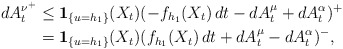
\begin{align*}dA_{t}^{\nu^{+}}& \le \mathbf{1}_{\{u=h_{1}\}}(X_{t})(-f_{h_{1}}(X_{t})\,dt-dA_{t}^{\mu}+dA_{t}^{\alpha})^{+} \\&=\mathbf{1}_{\{u=h_{1}\}}(X_{t})(f_{h_{1}}(X_{t})\,dt+dA_{t}^{\mu}-dA_{t}^{\alpha})^{-},\end{align*}